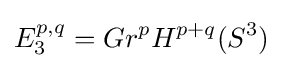
E_{3}^{p,q}=Gr^{p}H^{p+q}(S^{3})